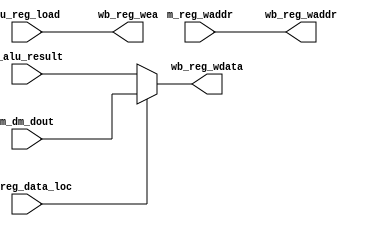
`timescale 1ns / 1ps
//////////////////////////////////////////////////////////////////////////////////
// Company:        RIT
//
// Design Name:    write_back
// Module Name:    write_back
// Project Name:   omicon
// Target Devices: Xilinx Spartan-3E
// Tool versions:
// Description:    The write back stage of the pipelined cpu
//
// Revision 0.01 - File Created
// Revision 1.00 - Complete, untested
// Revision 2.00 - Renamed outputs for ID (CRC)
// Revision 3.00 - Tested (CRC)
// Additional Comments:
//
//////////////////////////////////////////////////////////////////////////////////
module write_back(
    input [15:0]  m_alu_result,
    input [15:0]  m_dm_dout,
    input [2:0]   m_reg_waddr,
    input         cu_reg_data_loc,
    input         cu_reg_load,
    output [15:0] wb_reg_wdata,
    output        wb_reg_wea,
    output [2:0]  wb_reg_waddr
);

// Mux for getting data from memory or the ALU
// if( cu_reg_data_loc )
// 	wb_reg_din <= m_dm_dout;
// else
// 	wb_reg_din <= m_alu_result;

assign wb_reg_wdata = cu_reg_data_loc ? m_dm_dout : m_alu_result;

assign wb_reg_wea = cu_reg_load;
assign wb_reg_waddr = m_reg_waddr;

endmodule